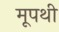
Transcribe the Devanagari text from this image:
मूपथी